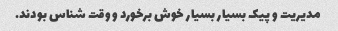
مدیریت و پیک بسیار بسیار خوش برخورد و وقت شناس بودند.